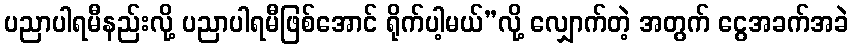
ပညာပါရမီနည်းလို့ ပညာပါရမီဖြစ်အောင် ရိုက်ပါ့မယ်”လို့ လျှောက်တဲ့ အတွက် ငွေအခက်အခဲ